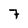
Character: 7